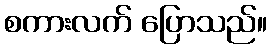
စကားလက် ပြောသည်။